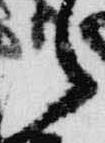
之